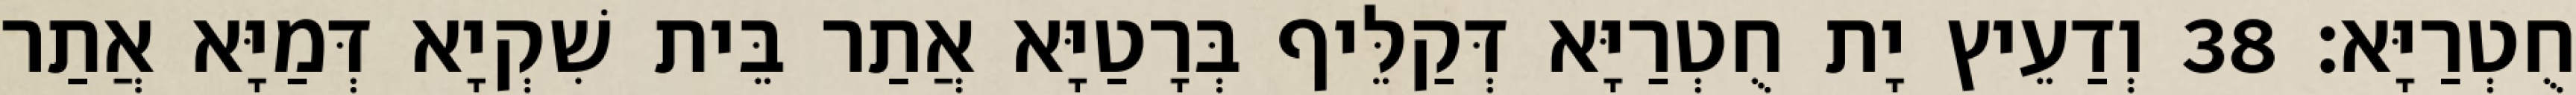
חֻטְרַיָּא׃ 38 וְדַעֵיץ יָת חֻטְרַיָּא דְּקַלֵּיף בְּרָטַיָּא אֲתַר בֵּית שִׁקְיָא דְּמַיָּא אֲתַר